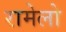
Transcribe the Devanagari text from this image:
रामेलो